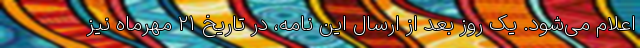
اعلام می‌شود. یک روز بعد از ارسال این نامه، در تاریخ ۲۱ مهرماه نیز